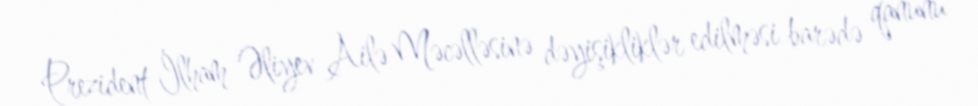
Prezident İlham Əliyev Ailə Məcəlləsinə dəyişikliklər edilməsi barədə qanunu